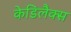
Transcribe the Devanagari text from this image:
केडिलैक्‍स